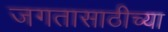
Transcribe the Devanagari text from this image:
जगतासाठीच्या